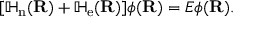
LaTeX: [ \mathbb { H } _ { \mathrm { n } } ( \mathbf { R } ) + \mathbb { H } _ { \mathrm { e } } ( \mathbf { R } ) ] { \boldsymbol { \phi } } ( \mathbf { R } ) = E { \boldsymbol { \phi } } ( \mathbf { R } ) .